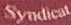
Syndicat